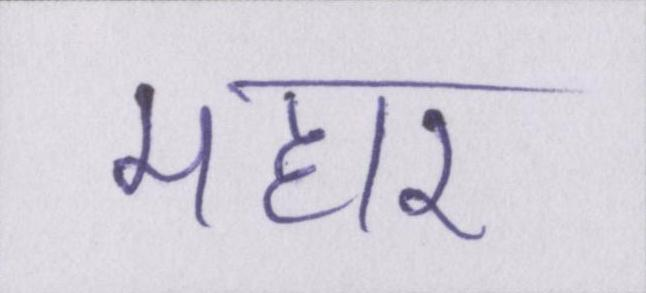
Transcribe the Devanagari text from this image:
महार